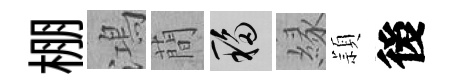
棚鴻蕳移縁頴後